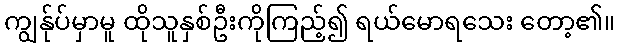
ကျွန်ုပ်မှာမူ ထိုသူနှစ်ဦးကိုကြည့်၍ ရယ်မောရသေး တော့၏။